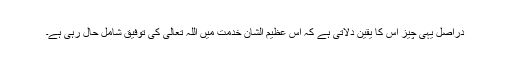
دراصل یہی چیز اس کا یقین دلاتی ہے کہ اس عظیم الشان خدمت میں اللہ تعالیٰ کی توفیق شامل حال رہی ہے۔